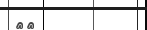
٣٩